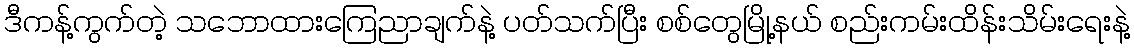
ဒီကန့်ကွက်တဲ့ သဘောထားကြေညာချက်နဲ့ ပတ်သက်ပြီး စစ်တွေမြို့နယ် စည်းကမ်းထိန်းသိမ်းရေးနဲ့